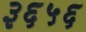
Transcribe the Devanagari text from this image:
३६५६